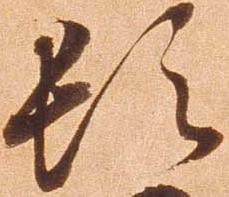
頓